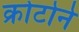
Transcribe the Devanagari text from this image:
क्रोटोने